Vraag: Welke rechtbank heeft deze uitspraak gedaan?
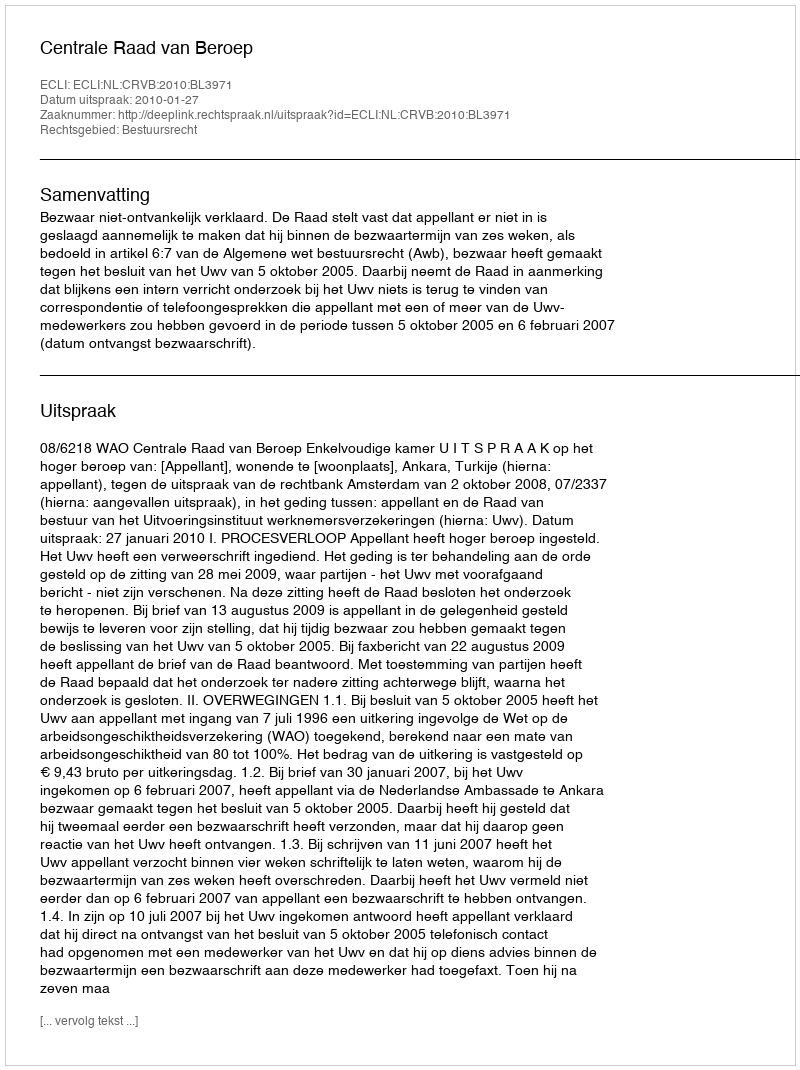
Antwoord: Centrale Raad van Beroep